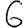
Digit: 6